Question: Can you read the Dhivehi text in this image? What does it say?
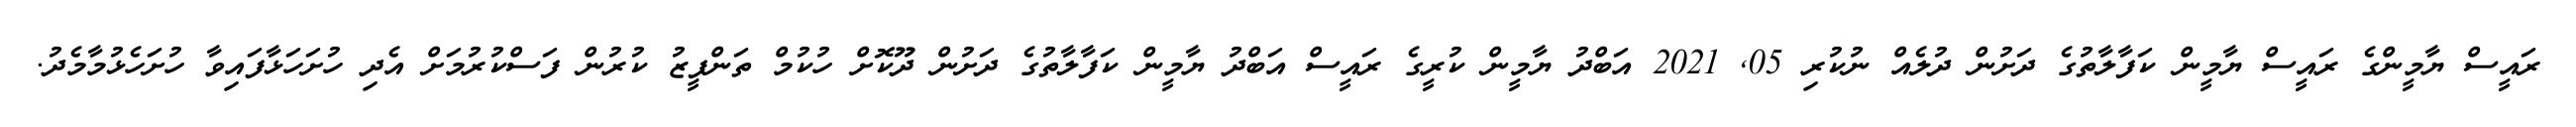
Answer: ރައީސް ޔާމީންގެ ރައީސް ޔާމީން ކަފާލާތުގެ ދަށުން ދުލެއް ނުކުރި 05, 2021 އަބްދު ޔާމީން ކުރީގެ ރައީސް އަބްދު ޔާމީން ކަފާލާތުގެ ދަށުން ދޫކޮށް ހުކުމް ތަންފީޒު ކުރުން ފަސްކުރުމަށް އެދި ހުށަހަޅާފައިވާ ހުށަހެޅުމާމެދު.